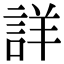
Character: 詳